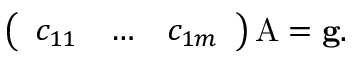
\left( \begin{array} { c c c } { c _ { 1 1 } } & { \ldots } & { c _ { 1 m } } \end{array} \right) \mathrm { A } = \mathbf { g } .